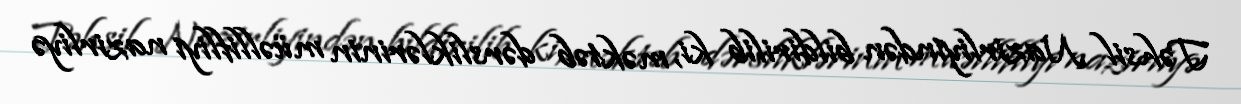
Təhsil Nazirliyindən bildirilib ki, məktəb dərsliklərinin müəllifliyi nazirliyə